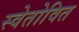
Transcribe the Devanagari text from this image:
स्वेतोवित